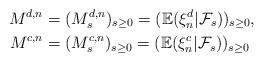
LaTeX: \begin{align*} M^{d, n} &= (M^{d, n}_s)_{s\geq 0}=(\mathbb E(\xi_n^d|\mathcal F_{s}))_{s\geq 0},\\ M^{c,n} &= (M^{c, n}_s)_{s\geq 0}=(\mathbb E(\xi_n^c|\mathcal F_{s}))_{s\geq 0} \end{align*}